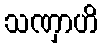
သဏှာဟိ